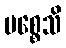
ပစ္စေသိ